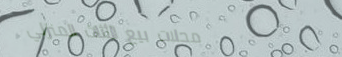
محلات بيع الأثاث المنزلي